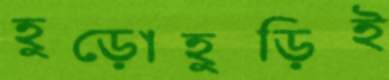
হুড়োহুড়িই